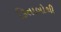
કિતાબોથી